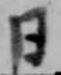
日